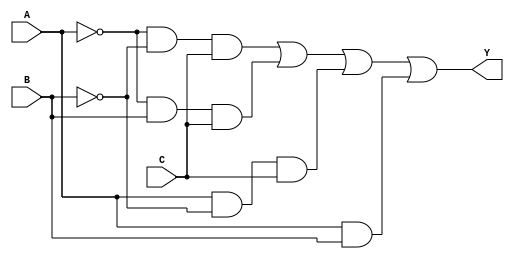
module three_variable_kmap (
    input wire A, // First input variable
    input wire B, // Second input variable
    input wire C, // Third input variable
    output wire Y // Output Y
);

    // Internal wire to hold the simplified expression
    wire term1, term2, term3, term4;

    // Define the product terms based on the K-map
    assign term1 = (~A & ~B & C); // A'B'C
    assign term2 = (~A & B & C);   // A'BC
    assign term3 = (A & ~B & C);   // AB'C
    assign term4 = (A & B);         // AB

    // Final output Y is the OR of all product terms
    assign Y = term1 | term2 | term3 | term4;

endmodule